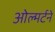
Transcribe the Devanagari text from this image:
ओल्मर्टने